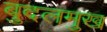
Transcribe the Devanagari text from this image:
बुदलमुख